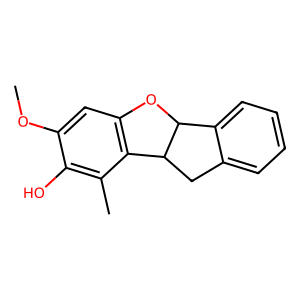
SMILES: COc1cc2c(c(C)c1O)C1Cc3ccccc3C1O2
Inhibits HIV replication: No